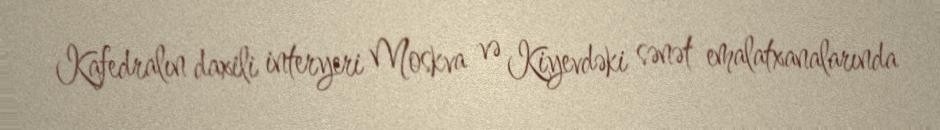
Kafedralın daxili interyeri Moskva və Kiyevdəki sənət emalatxanalarında